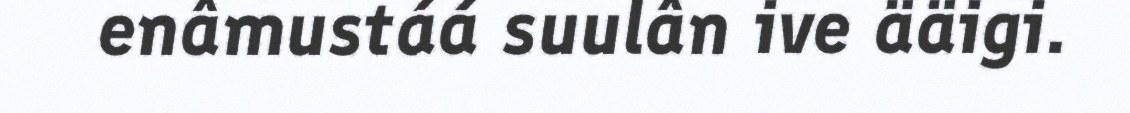
enâmustáá suulân ive ääigi.